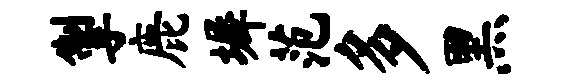
掣鹿墀范多黑